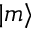
| m \rangle